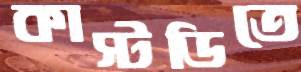
কাস্টডিতে